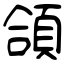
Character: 頜